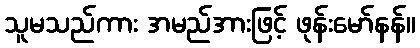
သူမသည်ကား အမည်အားဖြင့် ဖုန်းမော်နန်။